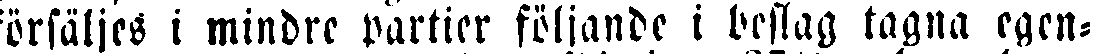
försäljes i mindre partier följande i beslag tagna egen-